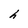
Character: h